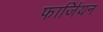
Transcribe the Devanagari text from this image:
फार्जियन